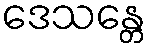
ဒေသန္တေ